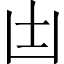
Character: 𠙽